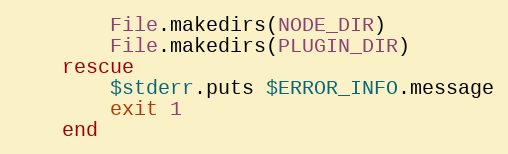
Language: Ruby
        File.makedirs(NODE_DIR)
        File.makedirs(PLUGIN_DIR)
    rescue
        $stderr.puts $ERROR_INFO.message
        exit 1
    end